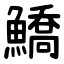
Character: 鱎